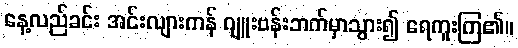
နေ့လည်ခင်း အင်းလျားကန် ဂျူးဗန်းဘက်မှာသွား၍ ရေကူးကြ၏။